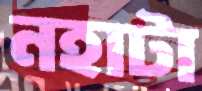
নহাটা